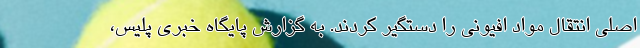
اصلی انتقال مواد افیونی را دستگیر کردند. به گزارش پایگاه خبری پلیس،